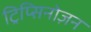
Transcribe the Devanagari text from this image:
ट्रिप्सिनोज़न